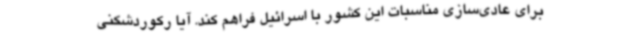
برای عادی‌سازی مناسبات این کشور با اسرائیل فراهم کند. آیا رکوردشکنی